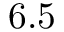
6 . 5